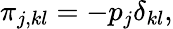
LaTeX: \pi_{j,kl}=-p_{j}\delta_{kl},